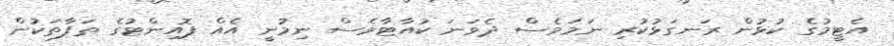
އެޓީމުގެ ކުޅުން ރަނގަޅުކުރި ނަމަވެސް ދެވަނަ ކުއާޓާވެސް ނިމުނީ އެއް ޕޮއިންޓުގެ ތަފާތަކުން